Newspaper: Semi-weekly interior journal. [volume]
Place of publication: Stanford, Ky.
Publisher: W.P. Walton
Date: 1900-02-27 00:00:00
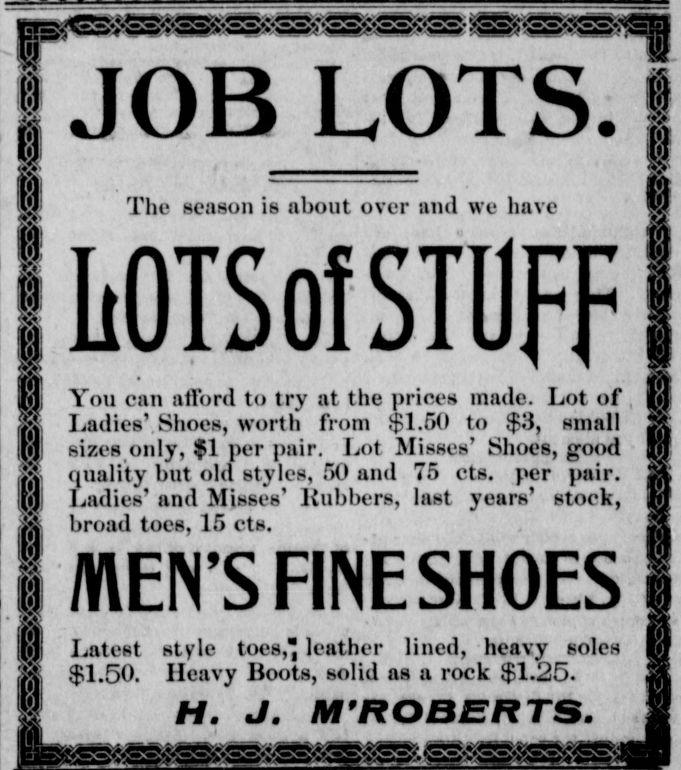
Advertisement text (OCR):
Vi = o < t = = = = = = = = JOB LOTS ra + i The season is about over and we have 11 I hOTSofSTUff jjYou can afford to try at the prices made Lot of t t Ladies Shoes worth from 160 to 31 small 1 irLadicsShocs f sizes n 1r 1 Lot Misses Shoes t Jsizcs only per pair good ii quality but old styles 50 and 75 etsper pair I J Ladies anti Misses Rubbers lust years stock j broad toes 15 cts i MENS FINE SHOES HI Latest style toes leather lined heavy soles j 150 Heavy Boots solid as a rock 125 125i
Label: text-only